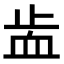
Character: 𧖭